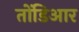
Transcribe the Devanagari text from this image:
तोंडिआर